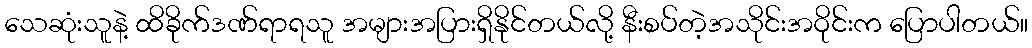
သေဆုံးသူနဲ့ ထိခိုက်ဒဏ်ရာရသူ အများအပြားရှိနိုင်တယ်လို့ နီးစပ်တဲ့အသိုင်းအဝိုင်းက ပြောပါတယ်။